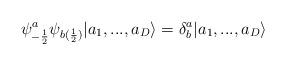
LaTeX: \begin{align*}\psi^{a}_{-\frac{1}{2}} \psi_{b(\frac{1}{2})} |a_{1},...,a_{D} \rangle= \delta^{a}_{b} |a_{1},...,a_{D} \rangle\end{align*}